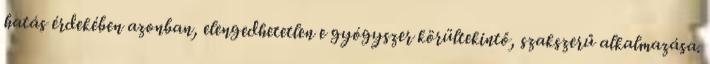
hatás érdekében azonban, elengedhetetlen e gyógyszer körültekintő, szak­szerű alkalmazása.